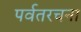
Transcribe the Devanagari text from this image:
पर्वतरचना